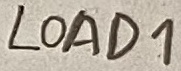
Text: load1